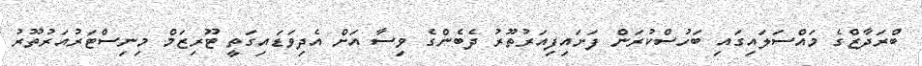
ބްރަދާޒްގެ މައްސަލައިގައި ބަހުސްކުރަން ފަށައިފިއަރުތޫރު ދެބެންގެ ވިސާ އަށް އެދިވަޑައިގަތީ ޓޫރިޒަމް މިނިސްޓަރުއަރުތޫރު